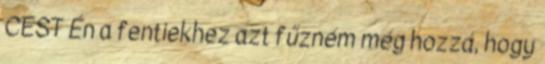
CEST Én a fentiekhez azt fűzném még hozzá, hogy